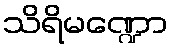
သိရိမဏ္ဍော